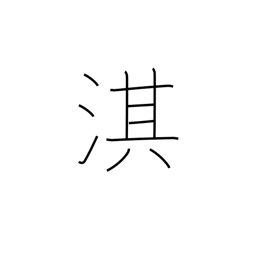
Meaning: name of a Chinese river